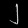
Digit: ၂